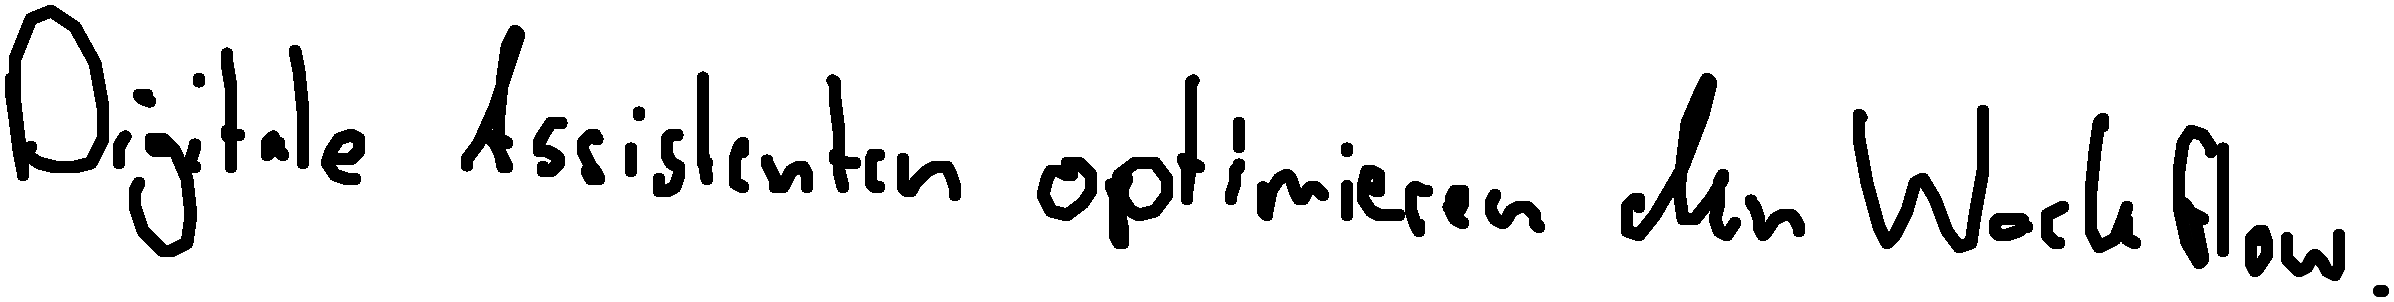
Digitale Assistenten optimieren den Workflow.